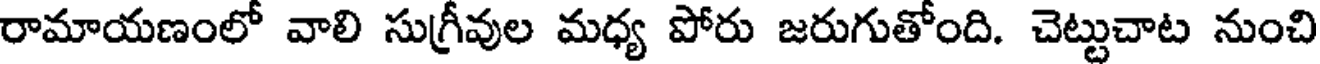
రామాయణంలో వాలి సుగ్రీవుల మధ్య పోరు జరుగుతోంది. చెట్టుచాట నుంచి